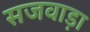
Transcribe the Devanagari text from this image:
सजवाड़ा